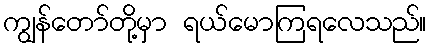
ကျွန်တော်တို့မှာ ရယ်မောကြရလေသည်။